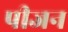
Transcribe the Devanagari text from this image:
पीजन